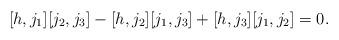
LaTeX: \begin{align*} [h,j_1][j_2,j_3] - [h,j_2][j_1,j_3] + [h,j_3][j_1,j_2] = 0.\end{align*}